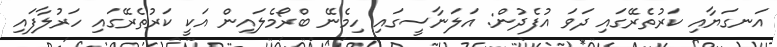
އަނގަޔާއި ކަރުތެރޭގައި ދަވަ އުފެދުން: އަލަނާސީގައި ހިމެނޭ ބްރޯމެލައިން އަކީ ކަރުތެރޭގައި ހަރުލާފައި